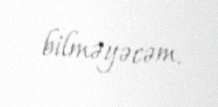
bilməyəcəm.